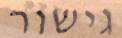
גישור